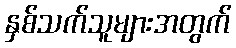
နှစ်သက်သူများအတွက်